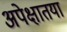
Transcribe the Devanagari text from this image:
अपेक्षातया